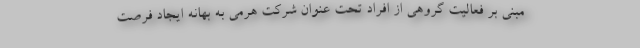
مبنی بر فعالیت گروهی از افراد تحت عنوان شرکت هرمی به بهانه ایجاد فرصت